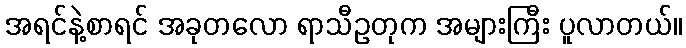
အရင်နဲ့စာရင် အခုတလော ရာသီဥတုက အများကြီး ပူလာတယ်။